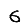
Digit: 6